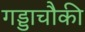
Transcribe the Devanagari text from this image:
गड्डाचौकी